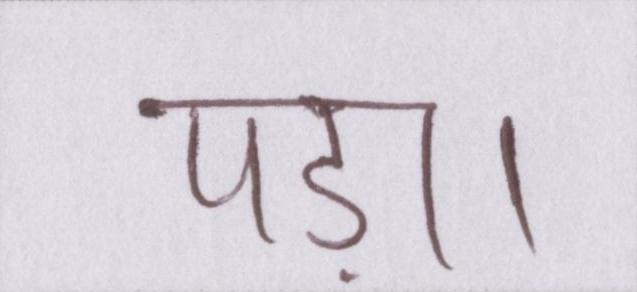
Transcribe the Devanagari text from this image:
पड़ा।